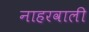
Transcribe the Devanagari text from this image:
नाहरवाली